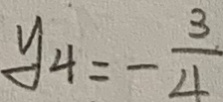
y _ { 4 } = - \frac { 3 } { 4 }